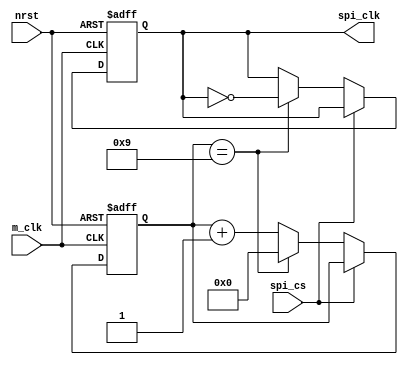
`timescale 1 ns / 1 ps
module clk_div (spi_clk, m_clk, spi_cs, nrst);
	input nrst, spi_cs, m_clk;
	output spi_clk;

	//wire nrst, spi_clk_en, m_clk;
	reg spi_clk;
	reg [0:3] counter;


	always @(posedge m_clk or negedge nrst)begin
		if (!nrst) begin 
			spi_clk <= 1'b0; 
			counter <= 4'b0000;
		end
		else begin
			if(!spi_cs) begin 
				if (counter == 4'b1001)
				   begin
					spi_clk <= !spi_clk;
					counter <= 4'b0000;
				   end // End of counter if
				else
					counter <= counter + 4'b0001;
			end // End of spi_clk_en if
		end // End of else
	end // End of always block

	
endmodule